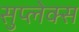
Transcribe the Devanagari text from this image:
सुप्लेक्स